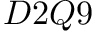
D 2 Q 9